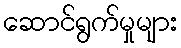
ဆောင်ရွက်မှုများ